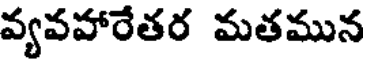
వ్యవహారేతర మతమున